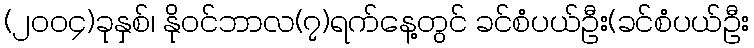
(၂၀၀၄)ခုနှစ်၊ နိုဝင်ဘာလ(၇)ရက်နေ့တွင် ခင်စံပယ်ဦး(ခင်စံပယ်ဦး